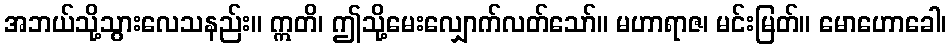
အဘယ်သို့သွားလေသနည်း။ ဣတိ၊ ဤသို့မေးလျှောက်လတ်သော်။ မဟာရာဇ၊ မင်းမြတ်။ မောဟောခေါ၊